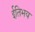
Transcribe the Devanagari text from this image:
ईतिभय